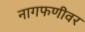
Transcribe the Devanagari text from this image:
नागफणीवर